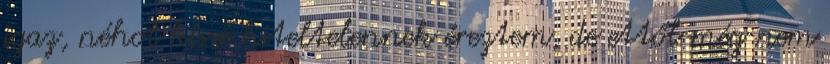
igaz, néhol kissé hiteltelennek éreztem, de ettől még nem